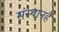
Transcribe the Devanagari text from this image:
संस्थानहै